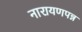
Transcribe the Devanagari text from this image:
नारायणपन्न